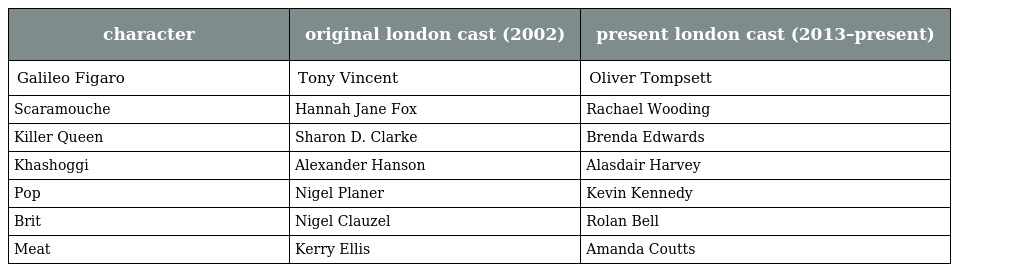
| character | original london cast (2002) | present london cast (2013–present) |
 | --- | --- | --- |
 | Galileo Figaro | Tony Vincent | Oliver Tompsett |
 | Scaramouche | Hannah Jane Fox | Rachael Wooding |
 | Killer Queen | Sharon D. Clarke | Brenda Edwards |
 | Khashoggi | Alexander Hanson | Alasdair Harvey |
 | Pop | Nigel Planer | Kevin Kennedy |
 | Brit | Nigel Clauzel | Rolan Bell |
 | Meat | Kerry Ellis | Amanda Coutts |